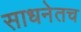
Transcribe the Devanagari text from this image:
साधनेतच